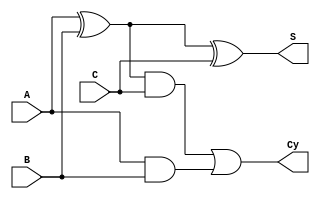
module full_adder(S,Cy,A,B,C);
	input A;
	input B;
	input C;
	output S;
	output Cy;
	wire t1;
	wire t2;
	wire t3;
	
	xor(t1,A,B);
	xor(S,t1,C);
	and(t2,t1,C);
	and(t3,A,B);
	or(Cy,t2,t3);
endmodule

module adder_16_bit(Z,X,Y);
	input [15:0] X;
	input [15:0] Y;
	output[16:0] Z;
	reg c0 =0;
	wire [14:0] c;
	full_adder f0 (.A(X[0]),.B(Y[0]),.C(c0),.S(Z[0]),.Cy(c[0]));
	full_adder f1 (.A(X[1]),.B(Y[1]),.C(c[0]),.S(Z[1]),.Cy(c[1]));
	full_adder f2 (.A(X[2]),.B(Y[2]),.C(c[1]),.S(Z[2]),.Cy(c[2]));
	full_adder f3 (.A(X[3]),.B(Y[3]),.C(c[2]),.S(Z[3]),.Cy(c[3]));
	full_adder f4 (.A(X[4]),.B(Y[4]),.C(c[3]),.S(Z[4]),.Cy(c[4]));
	full_adder f5 (.A(X[5]),.B(Y[5]),.C(c[4]),.S(Z[5]),.Cy(c[5]));
	full_adder f6 (.A(X[6]),.B(Y[6]),.C(c[5]),.S(Z[6]),.Cy(c[6]));
	full_adder f7 (.A(X[7]),.B(Y[7]),.C(c[6]),.S(Z[7]),.Cy(c[7]));
	full_adder f8 (.A(X[8]),.B(Y[8]),.C(c[7]),.S(Z[8]),.Cy(c[8]));
	full_adder f9 (.A(X[9]),.B(Y[9]),.C(c[8]),.S(Z[9]),.Cy(c[9]));
	full_adder f10 (.A(X[10]),.B(Y[10]),.C(c[9]),.S(Z[10]),.Cy(c[10]));
	full_adder f11 (.A(X[11]),.B(Y[11]),.C(c[10]),.S(Z[11]),.Cy(c[11]));
	full_adder f12 (.A(X[12]),.B(Y[12]),.C(c[11]),.S(Z[12]),.Cy(c[12]));
	full_adder f13 (.A(X[13]),.B(Y[12]),.C(c[12]),.S(Z[13]),.Cy(c[13]));
	full_adder f14 (.A(X[14]),.B(Y[14]),.C(c[13]),.S(Z[14]),.Cy(c[14]));
	full_adder f15 (.A(X[15]),.B(Y[15]),.C(c[14]),.S(Z[15]),.Cy(Z[16]));
endmodule